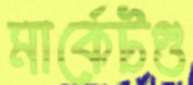
মার্কেটগু